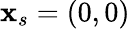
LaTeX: \textbf{x}_{s}=(0,0)